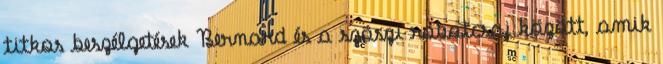
titkos beszélgetések Bernard és a szöszi robotcsaj között, amik